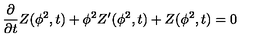
\frac { \partial } { \partial t } Z ( \phi ^ { 2 } , t ) + \phi ^ { 2 } Z ^ { \prime } ( \phi ^ { 2 } , t ) + Z ( \phi ^ { 2 } , t ) = 0